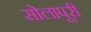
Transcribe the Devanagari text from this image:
सोलापूरी